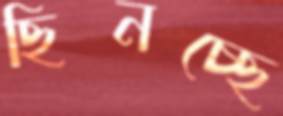
ছিনচ্ছে